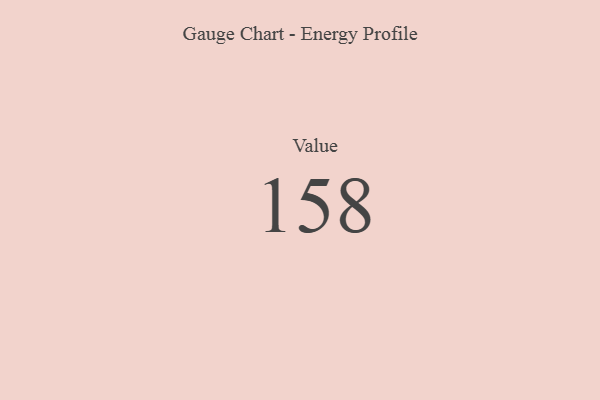
{"axis": {"x": "Metric", "y": "Value"}, "legend": [""], "data": [{"x": "Value", "y": 158, "type": ""}]}